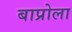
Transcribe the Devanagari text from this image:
बाप्रोला